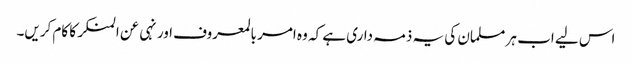
اس لیے اب ہر مسلمان کی یہ ذمہ داری ہے کہ وہ امر بالمعروف اور نہی عن المنکر کا کام کریں۔